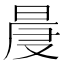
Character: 𣇗